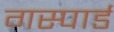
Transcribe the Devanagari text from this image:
गस्पार्ड